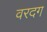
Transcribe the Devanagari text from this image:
वरदग